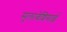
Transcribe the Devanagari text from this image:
सुलावेशियाई